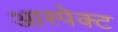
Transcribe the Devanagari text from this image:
आस्पेक्ट